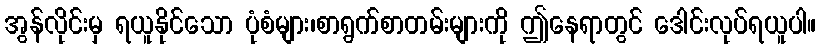
အွန်လိုင်းမှ ရယူနိုင်သော ပုံစံများ၊စာရွက်စာတမ်းများကို ဤနေရာတွင် ဒေါင်းလုပ်ရယူပါ။